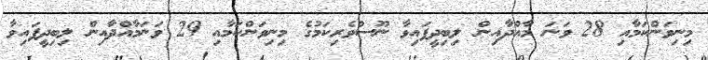
މިނިވަންކަމާއި 28 ވަނަ މާއްދާއިން ލިބިދީފައިވާ ނޫސްވެރިކަމުގެ މިނިވަންކަމާއި 29 ވަނަމާއްދާއިން ލިބިދީފައިވާ